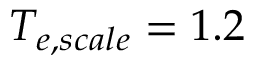
T _ { e , s c a l e } = 1 . 2